Vaccination in Bombay 1869-1873 - 1869-1873
Year: 1869
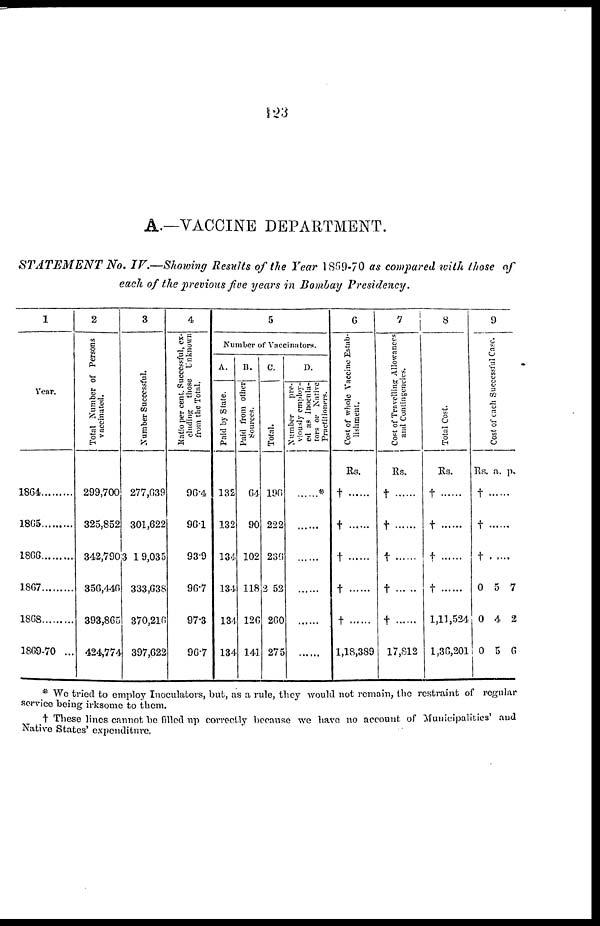
123
A.—VACCINE DEPARTMENT.
STATEMENT
No. IV.—Showing Results of the Year 1869-70 as compared with those of
each of the previous five years in Bombay Presidency.
1
Year.
1864
1865 ........
1866........
1867
1868
1869-70 ...
2
Total Number of Persons
vaccinated.
299,700
325,852
342,7903
356,446
393,865
424,774
3
Number Successful.
277,639
301,622
19,035
333,638
370,216
397,622
4
Ratio per cent. Successful, ex¬
cluding those Unknown
from the Total.
96.4
96.1
93.9
96.7
97.3
96.7
5
Number of Vaccinators.
A.
Paid by State.
132
132
134
134
134
134
B.
Paid from other
Sources.
64
90
102
118
126
141
C.
Total.
196
222
236
252
260
275
D.
Number
pre-
viously employ-
ed as Inocula¬
tors or Native
Practitioners.
......*
......
......
......
......
......
6
Cost of whole Vaccine Estab-
lishment.
Rs.
†
†
†
†
†
1,18,389
7
Cost of Travelling Allowances
and Contingencies.
Rs.
†
†
†
†
†
17,812
8
Total Cost.
Rs.
†
†
†......
†
1,11,524
1,36,201
9
Cost of each Successful Case.
Rs. a. p.
†
†
†
0
0
0
5
4
5
7
2
6
* We tried to employ Inoculators, but, as a rule, they would not remain, the restraint of regular
service being irksome to them.
†These lines cannot be filled up correctly because we have no account of Municipalities' and
Native States' expenditure.